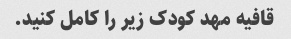
قافیه مهد کودک زیر را کامل کنید.